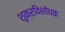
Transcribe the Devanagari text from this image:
शुक्रविशोधक